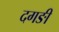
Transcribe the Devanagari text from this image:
दगङी